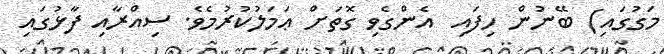
މަގުގައި) ބޭނުން ހިފައި  އެންގެވި ގޮތަށް ޢަމަލުކުރުމެވެ. ސިއްރާއި ފާޅުގައި